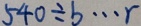
5 4 0 \div b \cdots r